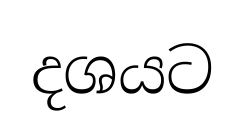
දශයට